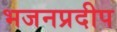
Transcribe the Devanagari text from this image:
भजनप्रदीप